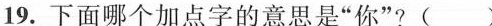
19. 下面哪个加点字的意思是“你”? ( )